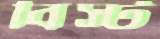
বিস্ট